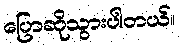
ပြောဆိုသွားပါတယ်။